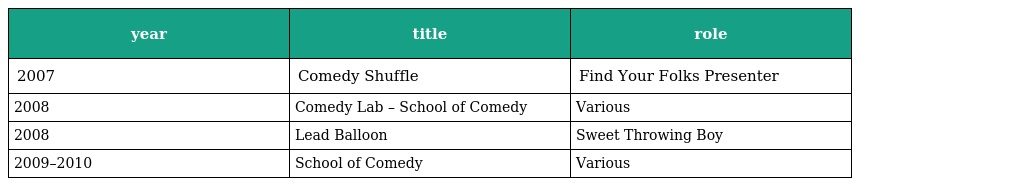
| year | title | role |
 | --- | --- | --- |
 | 2007 | Comedy Shuffle | Find Your Folks Presenter |
 | 2008 | Comedy Lab – School of Comedy | Various |
 | 2008 | Lead Balloon | Sweet Throwing Boy |
 | 2009–2010 | School of Comedy | Various |